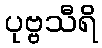
ပုဗ္ဗသီရိ